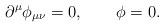
LaTeX: \begin{align*} \partial^\mu \phi_{\mu\nu} = 0, \qquad \phi = 0.\end{align*}